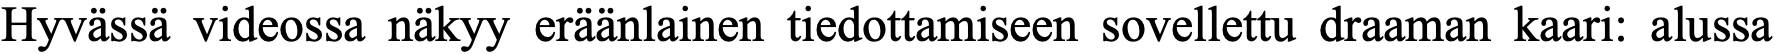
Hyvässä videossa näkyy eräänlainen tiedottamiseen sovellettu draaman kaari: alussa